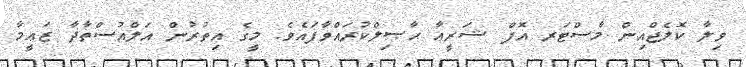
ވިލާ ކޮލެޖްއިން މާސްޓަރ އޮފް ޝަރީޢާ ޙާޞިލްކުރައްވާފައެވެ. މީގެ އިތުރުން އަލްއުސްތާޛާ ޒަޢީމާ